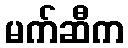
မက်ဆီက